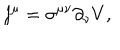
LaTeX: j ^ { \mu } = \sigma ^ { \mu \nu } \partial _ { \nu } V ,